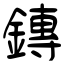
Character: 鏄